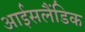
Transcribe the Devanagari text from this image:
आईसलैंडिक